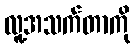
လူ့အသက်တာကို